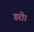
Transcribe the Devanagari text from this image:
डरो।